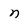
Character: n